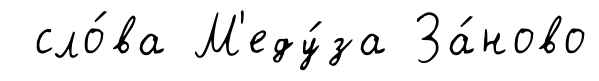
сло́ва М'еду́за За́ново